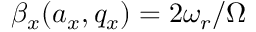
\beta _ { x } ( a _ { x } , q _ { x } ) = 2 \omega _ { r } / \Omega